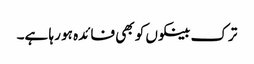
ترک بینکوں کو بھی فائدہ ہو رہا ہے۔